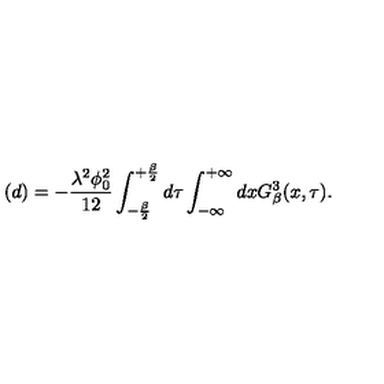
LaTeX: ( d ) = - \frac { \lambda ^ { 2 } \phi _ { 0 } ^ { 2 } } { 1 2 } \int _ { - \frac { \beta } { 2 } } ^ { + \frac { \beta } { 2 } } d \tau \int _ { - \infty } ^ { + \infty } d x G _ { \beta } ^ { 3 } ( x , \tau ) .